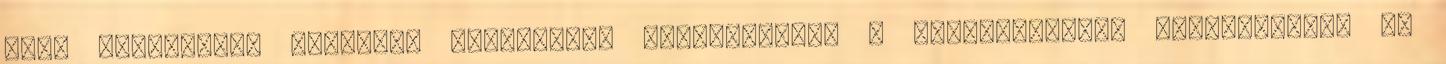
idők legnagyobb egyetemi korrupciós botrányában. A kelet-európai szolidaritás is